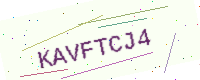
Text: KAVFTCJ4